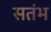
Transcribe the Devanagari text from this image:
सतंभ